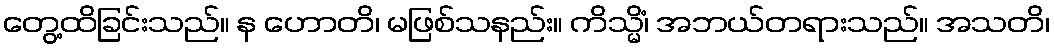
တွေ့ထိခြင်းသည်။ န ဟောတိ၊ မဖြစ်သနည်း။ ကိသ္မိံ၊ အဘယ်တရားသည်။ အသတိ၊